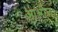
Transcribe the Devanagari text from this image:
आश्लील